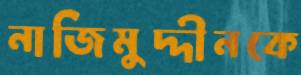
নাজিমুদ্দীনকে